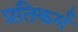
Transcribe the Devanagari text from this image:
प्रतिकर्म